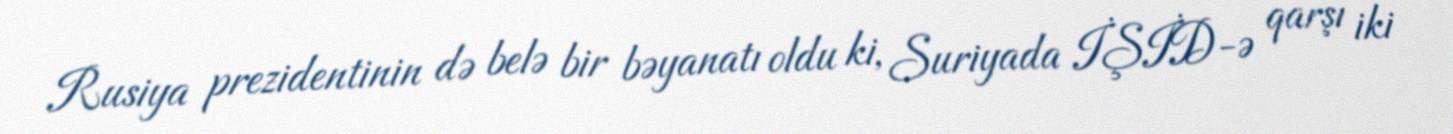
Rusiya prezidentinin də belə bir bəyanatı oldu ki, Suriyada İŞİD-ə qarşı iki